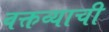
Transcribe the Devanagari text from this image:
वक्तव्याची